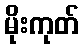
မိုးကုတ်